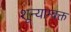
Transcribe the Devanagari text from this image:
शून्याम्बक्त